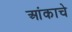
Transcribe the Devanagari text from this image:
आंकाचे